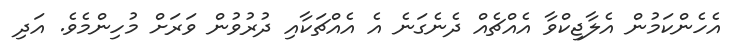
އެހެންކަމުން އެލާޖިކްވާ އެއްޗެއް ދެނެގަނެ އެ އެއްޗަކާއި ދުރުވުން ވަރަށް މުހިންމެވެ. އަދި